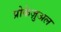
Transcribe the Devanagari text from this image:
प्रोकेज़ुअल